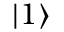
\ensuremath { \lvert { 1 } \rangle }